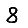
Digit: 8